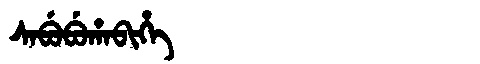
Manchu: ᠰᠠᠪᡠᠪᡠᡥᠠᠪᡳᡥᡝ
Romanization: SABUBUHABIHE